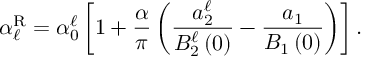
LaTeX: \alpha _ { \ell } ^ { \mathrm { R } } = \alpha _ { 0 } ^ { \ell } \left[ 1 + \frac { \alpha } { \pi } \left( \frac { a _ { 2 } ^ { \ell } } { B _ { 2 } ^ { \ell } \left( 0 \right) } - \frac { a _ { 1 } } { B _ { 1 } \left( 0 \right) } \right) \right] .